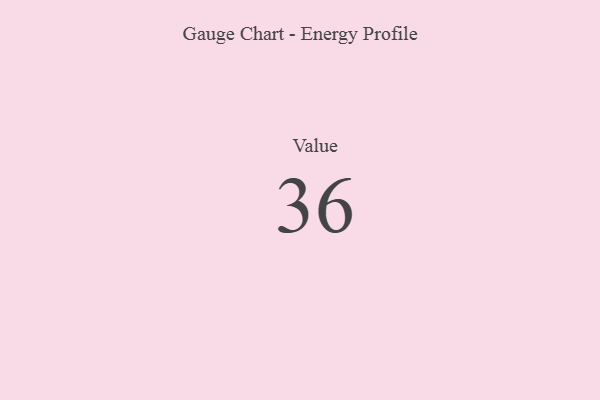
{"axis": {"x": "Metric", "y": "Value"}, "legend": [""], "data": [{"x": "Value", "y": 36, "type": ""}]}